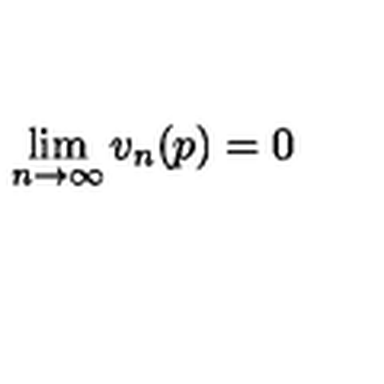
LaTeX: \lim _ { n \to \infty } v _ { n } ( p ) = 0